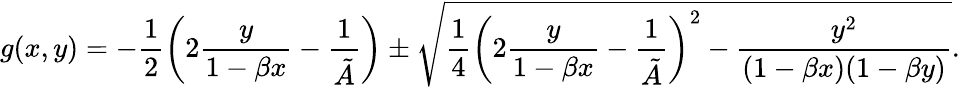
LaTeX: g(x,y)=-\frac{1}{2}\left(2\frac{y}{1-\beta x}-\frac{1}{\tilde{A}}\right)\pm\sqrt{\frac{1}{4}\left(2\frac{y}{1-\beta x}-\frac{1}{\tilde{A}}\right)^{2}-\frac{y^{2}}{(1-\beta x)(1-\beta y)}}.